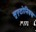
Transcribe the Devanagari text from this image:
सुएटोनियस